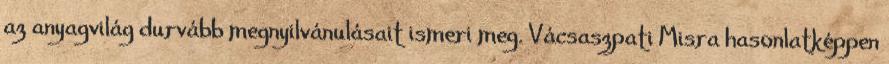
az anyagvilág durvább megnyilvánulásait ismeri meg. Vácsaszpati Misra hasonlatképpen